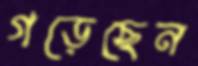
গড়েছেন